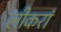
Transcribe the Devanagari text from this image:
लीकरां